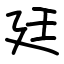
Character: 廷